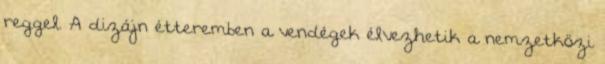
reggel. A dizájn étteremben a vendégek élvezhetik a nemzetközi